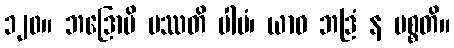
၁၂၀။ ဘဒြောပိ ပဿတိ ပါပံ၊ ယာဝ ဘဒြံ န ပစ္စတိ။